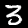
Digit: 3